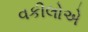
વકીલોએ